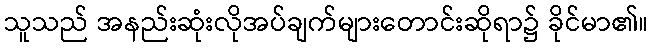
သူသည် အနည်းဆုံးလိုအပ်ချက်များတောင်းဆိုရာ၌ ခိုင်မာ၏။